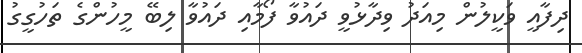
ދިފާއީ ވަކީލުން މިއަދު ވިދާޅުވީ ދައުވާ ފޯމާއި ދައުވާ ލިބޭ މީހުންގެ ތަހުގީގު